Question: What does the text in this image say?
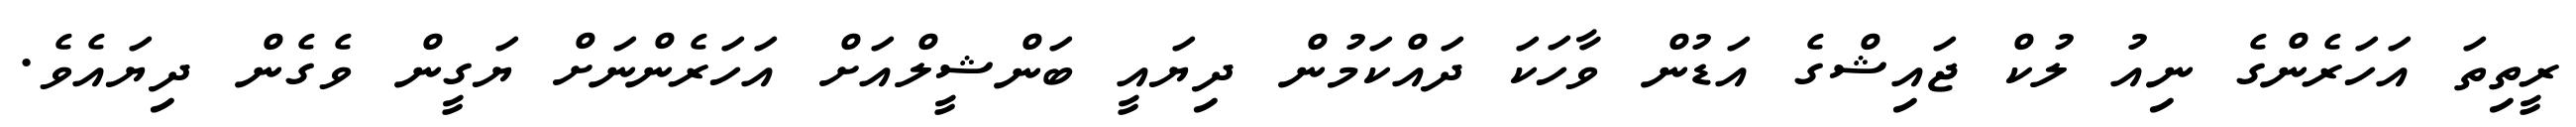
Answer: ރީތިތަ އަހަރެންގެ ނިއު ލުކް ޖައިޝްގެ އަޑުން ވާހަކަ ދައްކަމުން ދިޔައީ ބަންޝީލްއަށް އަހަރެންނަށް ޔަގީން ވެގެން ދިޔައެވެ.